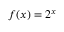
f ( x ) = 2 ^ { x }